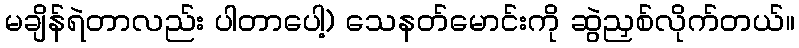
မချိန်ရဲတာလည်း ပါတာပေါ့) သေနတ်မောင်းကို ဆွဲညှစ်လိုက်တယ်။